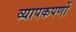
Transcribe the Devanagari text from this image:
व्यापकपर्णो